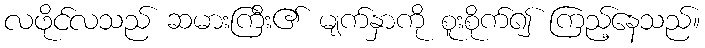
လဖိုင်လသည် ဆမားကြီး၏ မျက်နှာကို စူးစိုက်၍ ကြည့်နေသည်။